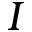
I